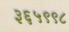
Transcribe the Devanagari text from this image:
३६५९९८